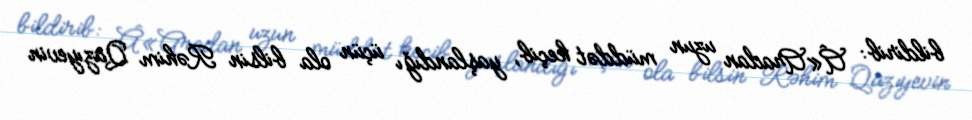
bildirib: Â«Aradan uzun müddət keçib, yaşlandığı üçün ola bilsin Rəhim Qazıyevin